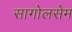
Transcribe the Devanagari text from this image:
सागोलसेम